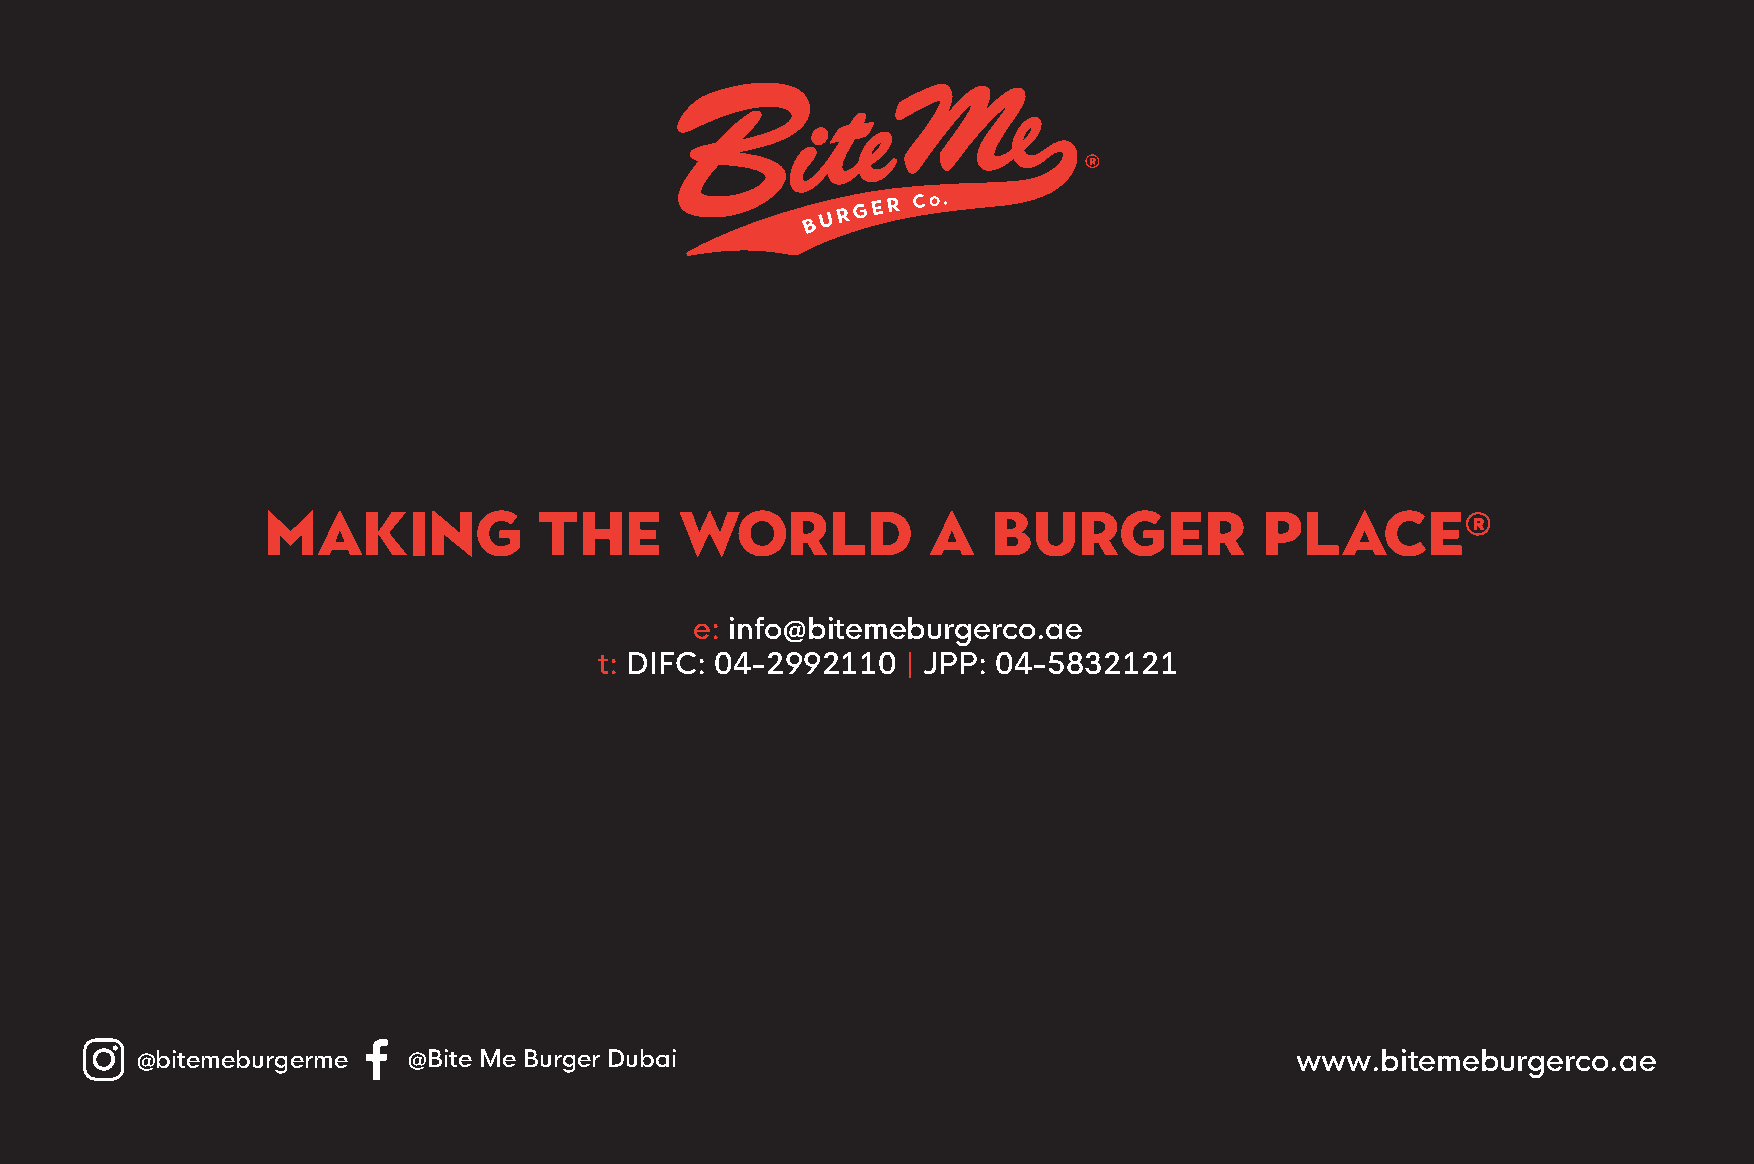
Making            the      world           a    Burger            Place®
 e: info@bitemeburgerco.ae
 t: DIFC: 04-2992110 | JPP: 04-5832121
 @bitemeburgerme   @Bite Me Burger Dubai                                      www.bitemeburgerco.ae